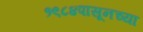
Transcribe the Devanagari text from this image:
१९८४पासूनच्या